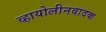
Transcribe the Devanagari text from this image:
व्हायोलीनवादक